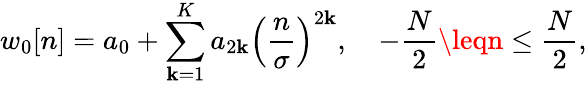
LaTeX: w_{0}[n]=a_{0}+\sum_{\mathbf{k}=1}^{K}a_{2\mathbf{k}}\left({\frac{{n}}{{\sigma}}}\right)^{2\mathbf{k}},\quad-{\frac{{N}}{{2}}}\leqn\leq{\frac{{N}}{{2}}},